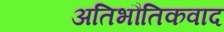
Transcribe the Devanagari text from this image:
अतिभौतिकवाद